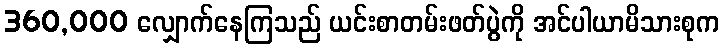
360,000 လျှောက်နေကြသည် ယင်းစာတမ်းဖတ်ပွဲကို အင်ပါယာမိသားစုက